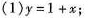
(1)y=1+x；